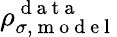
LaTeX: \rho_{\sigma,\mathrm{~m~o~d~e~l~}}^{\mathrm{~d~a~t~a~}}